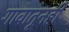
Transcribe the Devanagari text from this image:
गावातूनही